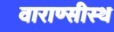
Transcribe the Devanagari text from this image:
वाराण्सीस्थ